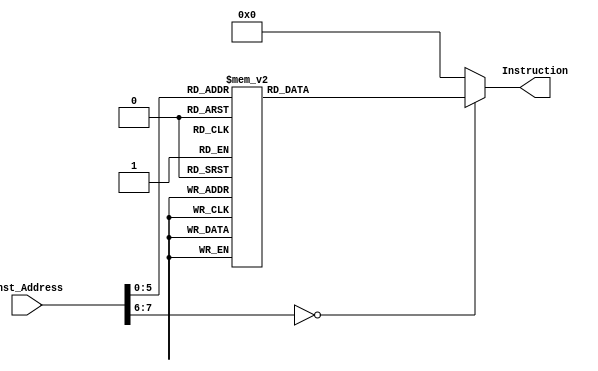
module InstructionMemory
#(parameter Inst_Num = 47, parameter Inst_Num_BIT = 8)
(Inst_Address, Instruction);
	input [Inst_Num_BIT - 1:0] Inst_Address;
	output reg [31:0] Instruction;

	always @ (*)begin
		case(Inst_Address)
			'd0:	Instruction <= 32'b00111100000000010110000101100101;
			'd1:	Instruction <= 32'b00110100001000010110000101100101;
			'd2:	Instruction <= 32'b00000000000000010100000000100000;
			'd3:	Instruction <= 32'b10101100000010000000000000000000;
			'd4:	Instruction <= 32'b10101100000010000000000000000100;
			'd5:	Instruction <= 32'b00100000000010000110000101100101;
			'd6:	Instruction <= 32'b10101100000010000000000000001000;
			'd7:	Instruction <= 32'b00100000000010000110010101100001;
			'd8:	Instruction <= 32'b10101100000010000000001000000000;
			'd9:	Instruction <= 32'b00100000000001000000000000001010;
			'd10:	Instruction <= 32'b00100000000001010000000000000000;
			'd11:	Instruction <= 32'b00100000000001100000000000000010;
			'd12:	Instruction <= 32'b00001100000000000000000000010000;
			'd13:	Instruction <= 32'b00100000000001110000001000000000;
			'd14:	Instruction <= 32'b00001000000000000000000000001110;
			'd15:	Instruction <= 32'b00000000000000000000000000000000;
			'd16:	Instruction <= 32'b00100011101111011111111111110100;
			'd17:	Instruction <= 32'b10101111101111110000000000001000;
			'd18:	Instruction <= 32'b10101111101100000000000000000100;
			'd19:	Instruction <= 32'b10101111101100010000000000000000;
			'd20:	Instruction <= 32'b00000000100001101000000000100010;
			'd21:	Instruction <= 32'b00000000000001101000100000100001;
			'd22:	Instruction <= 32'b00100100000010000000000000000000;
			'd23:	Instruction <= 32'b00100100000010100000000000000000;
			'd24:	Instruction <= 32'b00000010000010000000100000101010;
			'd25:	Instruction <= 32'b00010100001000000000000000001111;
			'd26:	Instruction <= 32'b00100100000010010000000000000000;
			'd27:	Instruction <= 32'b00000001001100010000100000101010;
			'd28:	Instruction <= 32'b00010000001000000000000000001000;
			'd29:	Instruction <= 32'b00000001000010010101100000100000;
			'd30:	Instruction <= 32'b00000000101010110101100000100000;
			'd31:	Instruction <= 32'b10010001011010110000000000000000;
			'd32:	Instruction <= 32'b00000000111010010110000000100000;
			'd33:	Instruction <= 32'b10010001100011000000000000000000;
			'd34:	Instruction <= 32'b00010101011011000000000000000010;
			'd35:	Instruction <= 32'b00001000000000000000000000011011;
			'd36:	Instruction <= 32'b00100001001010010000000000000001;
			'd37:	Instruction <= 32'b00010101001100010000000000000001;
			'd38:	Instruction <= 32'b00100001010010100000000000000001;
			'd39:	Instruction <= 32'b00001000000000000000000000011000;
			'd40:	Instruction <= 32'b00100001000010000000000000000001;
			'd41:	Instruction <= 32'b00000000000010100001000000100001;
			'd42:	Instruction <= 32'b10001111101111110000000000001000;
			'd43:	Instruction <= 32'b10001111101100000000000000000100;
			'd44:	Instruction <= 32'b10001111101100010000000000000000;
			'd45:	Instruction <= 32'b00000011111000000000000000001000;
			'd46:	Instruction <= 32'b00100011101111010000000000001100;
			default: Instruction <= 32'h00000000;
		endcase
	end
endmodule